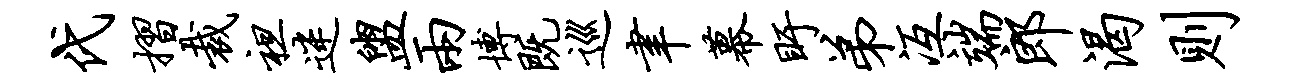
代摺裁袒迷盥两博既巡聿幕盱弟冱端郎渴则